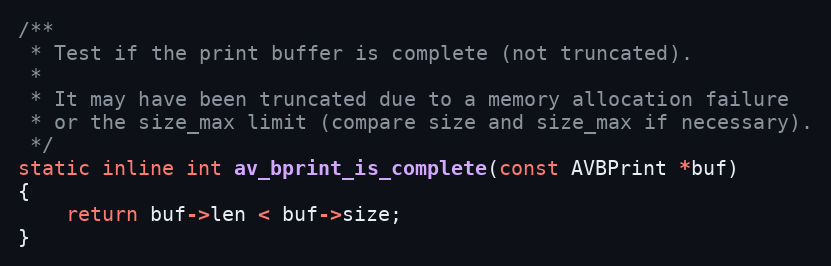
Language: C
/**
 * Test if the print buffer is complete (not truncated).
 *
 * It may have been truncated due to a memory allocation failure
 * or the size_max limit (compare size and size_max if necessary).
 */
static inline int av_bprint_is_complete(const AVBPrint *buf)
{
    return buf->len < buf->size;
}